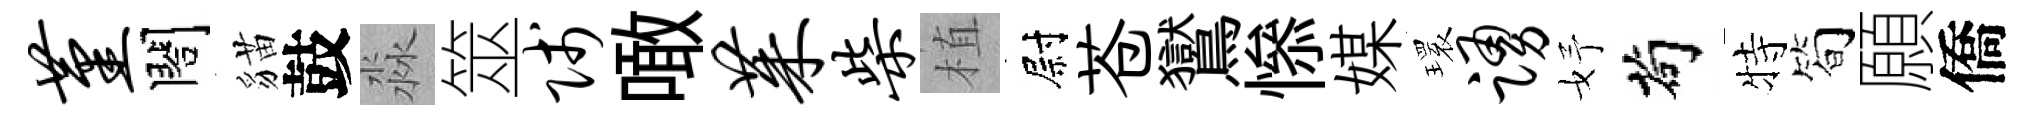
堇閤貓鼓淼筮贱噉茱柴植尉苍鸑𢡖媒𤨔踊妤茍特筍願僑